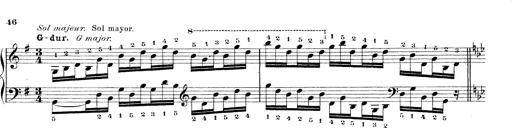
Title: Technische Studien
Composer: Franz Liszt